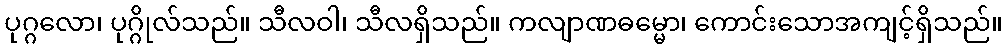
ပုဂ္ဂလော၊ ပုဂ္ဂိုလ်သည်။ သီလဝါ၊ သီလရှိသည်။ ကလျာဏဓမ္မော၊ ကောင်းသောအကျင့်ရှိသည်။